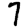
Digit: 7